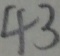
4 3